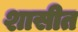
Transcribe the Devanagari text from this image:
शासीत